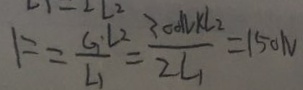
F = \frac { G _ { 1 } L _ { 2 } } { L _ { 1 } } = \frac { 3 0 d l k l _ { 2 } } { 2 L _ { 1 } } = 1 5 0 N